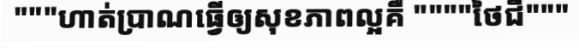
"""ហាត់ប្រាណធ្វើឲ្យសុខភាពល្អគឺ """"ថៃជី"""